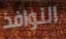
النوافذ